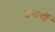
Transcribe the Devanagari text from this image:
इन्द्रयाँ